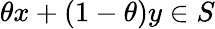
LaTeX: \theta x+(1-\theta)y\in S